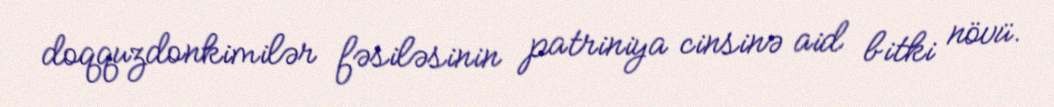
doqquzdonkimilər fəsiləsinin patriniya cinsinə aid bitki növü.